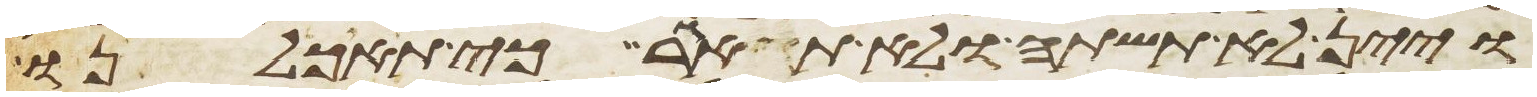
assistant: ויין לא תשתה ולא תאגר כי תאכלנו